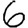
Digit: 6